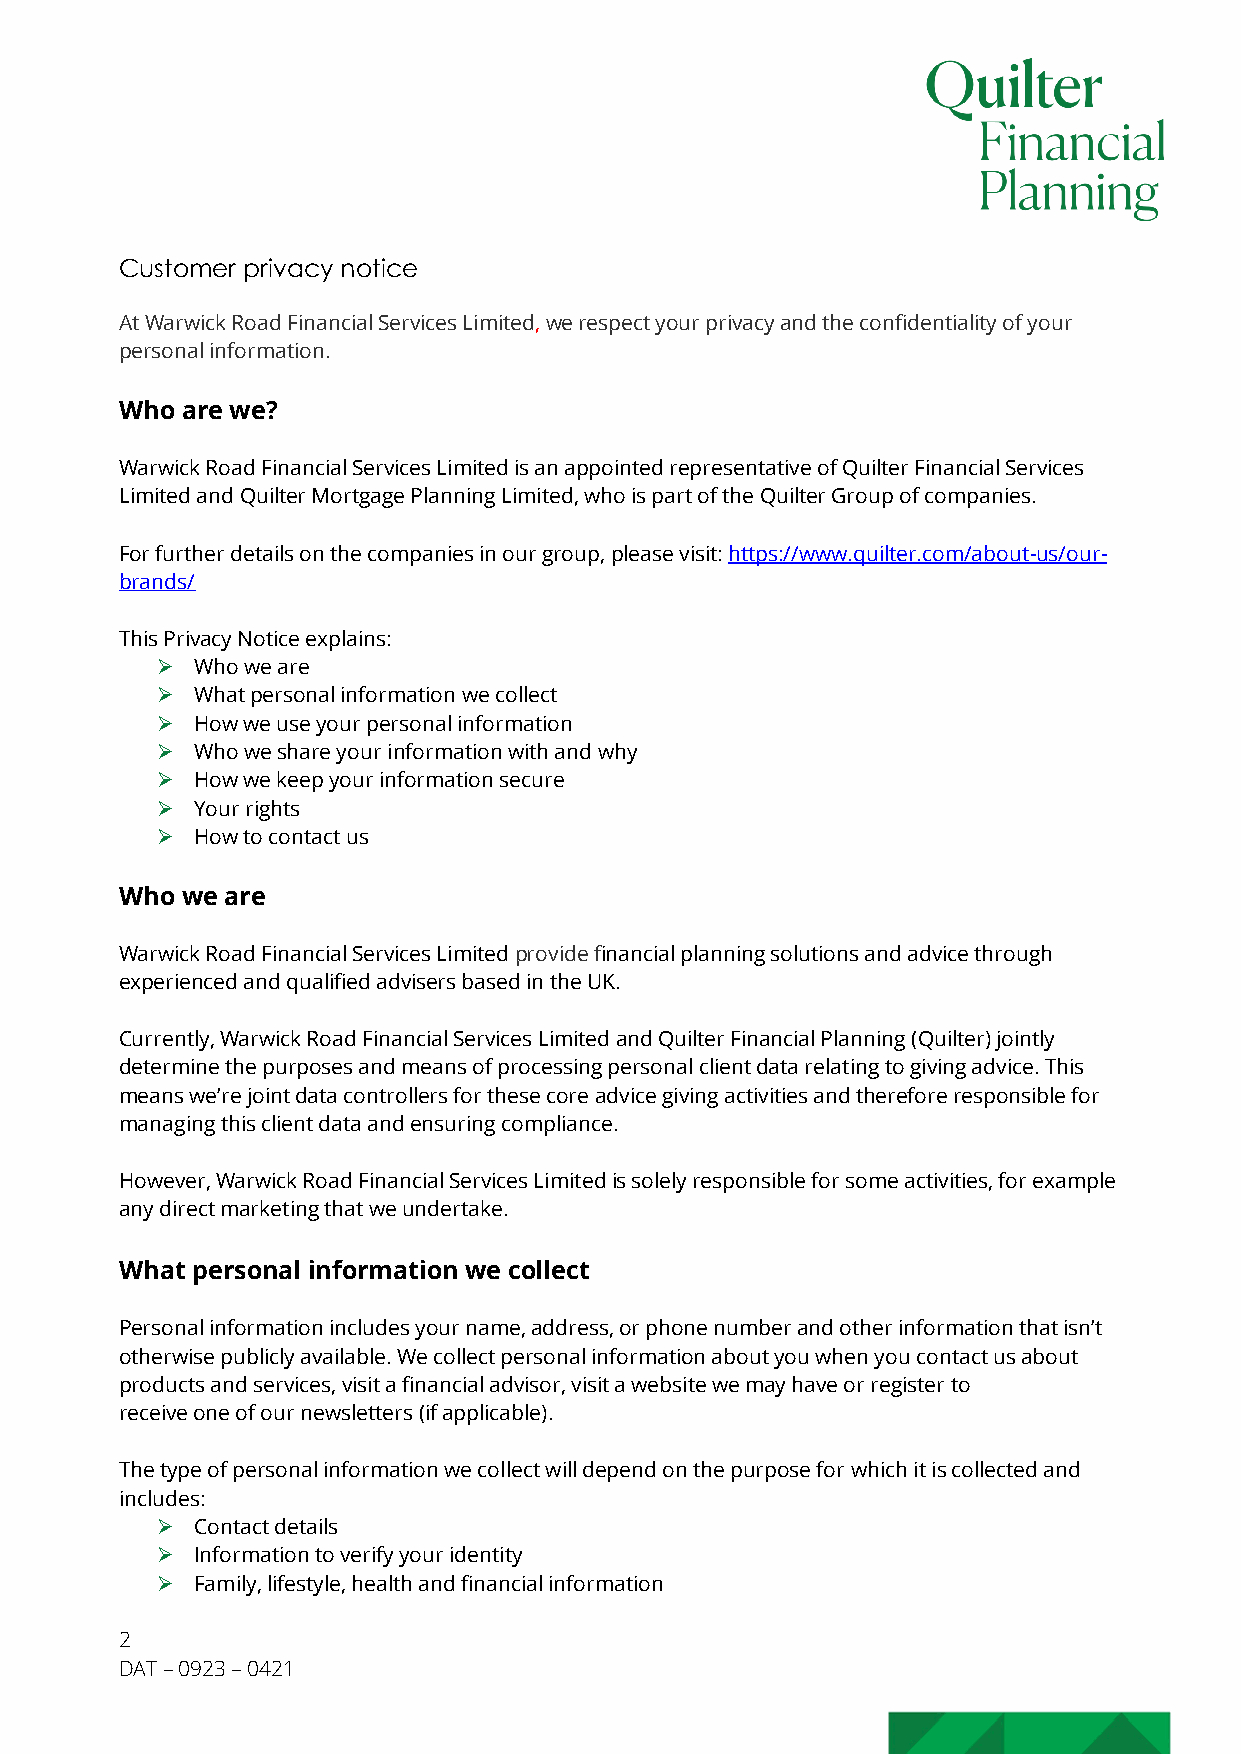
Customer privacy notice
 At Warwick Road Financial Services Limited, we respect your privacy and the confidentiality of your
 personal information.
 Who are we?
 Warwick Road Financial Services Limited is an appointed representative of Quilter Financial Services
 Limited and Quilter Mortgage Planning Limited, who is part of the Quilter Group of companies.
 For further details on the companies in our group, please visit: https://www.quilter.com/about-us/our-
 brands/
 This Privacy Notice explains:
 Ø  Who we are
 Ø  What personal information we collect
 Ø  How we use your personal information
 Ø  Who we share your information with and why
 Ø  How we keep your information secure
 Ø  Your rights
 Ø  How to contact us
 Who we are
 Warwick Road Financial Services Limited provide financial planning solutions and advice through
 experienced and qualified advisers based in the UK.
 Currently, Warwick Road Financial Services Limited and Quilter Financial Planning (Quilter) jointly
 determine the purposes and means of processing personal client data relating to giving advice. This
 means we’re joint data controllers for these core advice giving activities and therefore responsible for
 managing this client data and ensuring compliance.
 However, Warwick Road Financial Services Limited is solely responsible for some activities, for example
 any direct marketing that we undertake.
 What personal information we collect
 Personal information includes your name, address, or phone number and other information that isn’t
 otherwise publicly available. We collect personal information about you when you contact us about
 products and services, visit a financial advisor, visit a website we may have or register to
 receive one of our newsletters (if applicable).
 The type of personal information we collect will depend on the purpose for which it is collected and
 includes:
 Ø  Contact details
 Ø  Information to verify your identity
 Ø  Family, lifestyle, health and financial information
 2
 DAT – 0923 – 0421